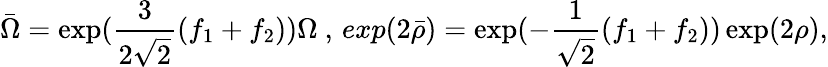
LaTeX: \bar{\Omega}=\exp(\frac{3}{2\sqrt{2}}(f_{1}+f_{2}))\Omega\ ,\, exp(2\bar{\rho})=\exp(-\frac{1}{\sqrt{2}}(f_{1}+f_{2}))\exp(2\rho),